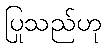
ပြုသည်ဟု